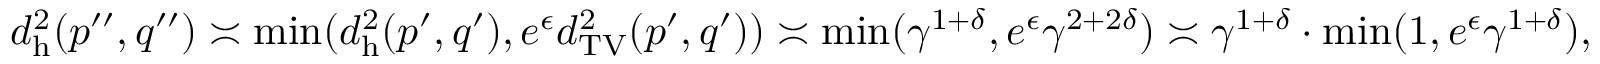
d _ { \mathrm { h } } ^ { 2 } ( p ^ { \prime \prime } , q ^ { \prime \prime } ) \asymp \operatorname* { m i n } ( d _ { \mathrm { h } } ^ { 2 } ( p ^ { \prime } , q ^ { \prime } ) , e ^ { \epsilon } d _ { \mathrm { T V } } ^ { 2 } ( p ^ { \prime } , q ^ { \prime } ) ) \asymp \operatorname* { m i n } ( \gamma ^ { 1 + \delta } , e ^ { \epsilon } \gamma ^ { 2 + 2 \delta } ) \asymp \gamma ^ { 1 + \delta } \cdot \operatorname* { m i n } ( 1 , e ^ { \epsilon } \gamma ^ { 1 + \delta } ) ,